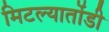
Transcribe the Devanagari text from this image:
मिटल्यातोंडी